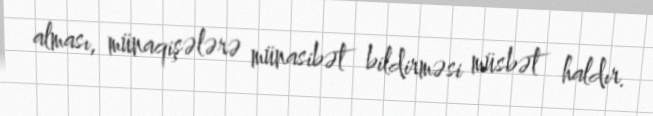
alması, münaqişələrə münasibət bildirməsi müsbət haldır.